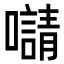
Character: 𡃑